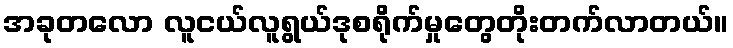
အခုတလော လူငယ်လူရွယ်ဒုစရိုက်မှုတွေတိုးတက်လာတယ်။